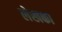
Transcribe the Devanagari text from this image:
लेखका